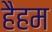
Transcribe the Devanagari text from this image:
हैहम